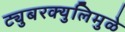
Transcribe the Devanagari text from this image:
ट्युबरक्युलिमुळे